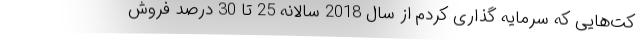
کت‌هایی که سرمایه گذاری کردم از سال 2018 سالانه 25 تا 30 درصد فروش